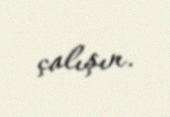
çalışın.